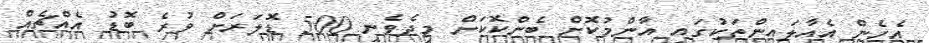
އެހެން އެއާލައިންތަކުގައި އާންމުކޮށް ބެންކޮކަށް މިދެވެނީ 500 ޑޮލަރަށް ވުރެ ބޮޑު އެއްޗެއް